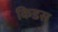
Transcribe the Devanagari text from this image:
किडस